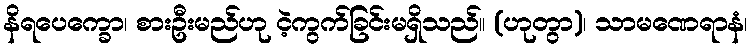
နိရပေက္ခော၊ စားဦးမည်ဟု ငဲ့ကွက်ခြင်းမရှိသည်။ (ဟုတွာ)၊ သာမဏေရာနံ၊